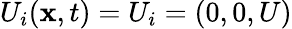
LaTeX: U_{i}(\mathbf{x},t)=U_{i}=(0,0,U)